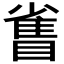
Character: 𪾻